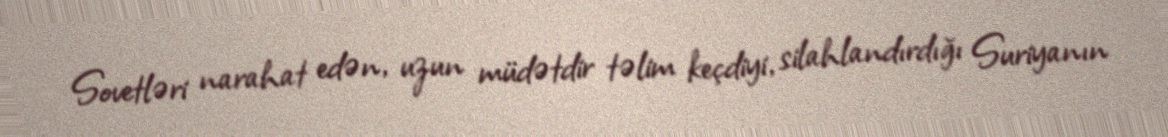
Sovetləri narahat edən, uzun müdətdir təlim keçdiyi, silahlandırdığı Suriyanın